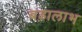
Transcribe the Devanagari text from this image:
बड़ालाभ